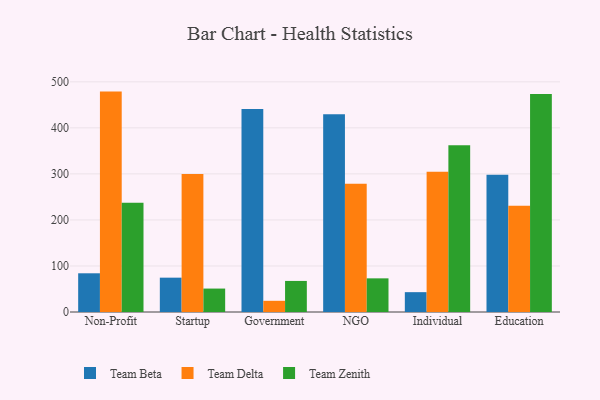
{"axis": {"x": "Segment", "y": "Shipments"}, "legend": ["Team Beta", "Team Delta", "Team Zenith"], "data": [{"x": "Non-Profit", "y": 84.1, "type": "Team Beta"}, {"x": "Non-Profit", "y": 478.8, "type": "Team Delta"}, {"x": "Non-Profit", "y": 237.5, "type": "Team Zenith"}, {"x": "Startup", "y": 74.6, "type": "Team Beta"}, {"x": "Startup", "y": 299.6, "type": "Team Delta"}, {"x": "Startup", "y": 50.9, "type": "Team Zenith"}, {"x": "Government", "y": 441.0, "type": "Team Beta"}, {"x": "Government", "y": 24.3, "type": "Team Delta"}, {"x": "Government", "y": 67.5, "type": "Team Zenith"}, {"x": "NGO", "y": 429.7, "type": "Team Beta"}, {"x": "NGO", "y": 278.5, "type": "Team Delta"}, {"x": "NGO", "y": 73.1, "type": "Team Zenith"}, {"x": "Individual", "y": 43.1, "type": "Team Beta"}, {"x": "Individual", "y": 304.6, "type": "Team Delta"}, {"x": "Individual", "y": 362.4, "type": "Team Zenith"}, {"x": "Education", "y": 297.9, "type": "Team Beta"}, {"x": "Education", "y": 230.7, "type": "Team Delta"}, {"x": "Education", "y": 473.7, "type": "Team Zenith"}]}